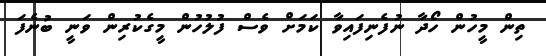
ތިން މީހުން ހޯދާ ނުފެނިފައިވާ ކަމަށް ވެސް ފުލުހުން މީގެކުރިން ވަނީ ބުނެފަ